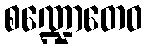
စဏ္ဍောတေဝ